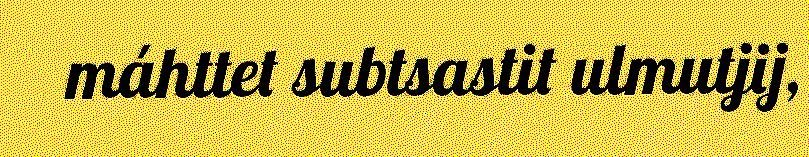
máhttet subtsastit ulmutjij,